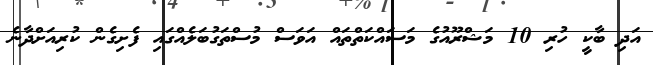
އަދި ބާކީ ހުރި 10 މަޝްރޫއުގެ މަސައްކަތްތައް އަވަސް މުސްތަގުބަލެއްގައި ފެށިގެން ކުރިއަށްދާނެ